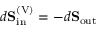
d { \bf S } _ { \mathrm { i n } } ^ { \mathrm { ( V ) } } = - d { \bf S } _ { \mathrm { o u t } }